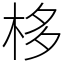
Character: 栘